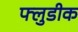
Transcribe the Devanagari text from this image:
फ्लुडीक